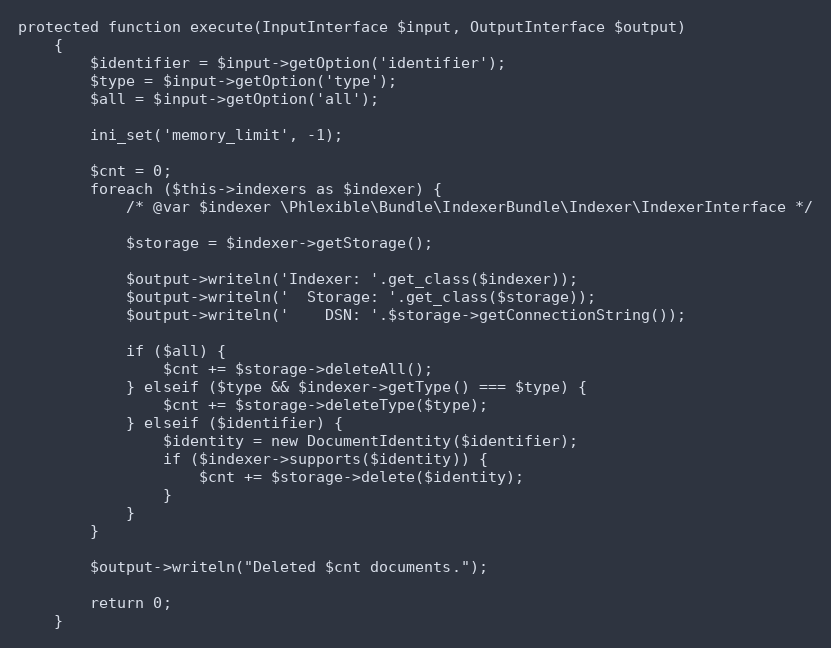
Language: PHP
protected function execute(InputInterface $input, OutputInterface $output)
    {
        $identifier = $input->getOption('identifier');
        $type = $input->getOption('type');
        $all = $input->getOption('all');

        ini_set('memory_limit', -1);

        $cnt = 0;
        foreach ($this->indexers as $indexer) {
            /* @var $indexer \Phlexible\Bundle\IndexerBundle\Indexer\IndexerInterface */

            $storage = $indexer->getStorage();

            $output->writeln('Indexer: '.get_class($indexer));
            $output->writeln('  Storage: '.get_class($storage));
            $output->writeln('    DSN: '.$storage->getConnectionString());

            if ($all) {
                $cnt += $storage->deleteAll();
            } elseif ($type && $indexer->getType() === $type) {
                $cnt += $storage->deleteType($type);
            } elseif ($identifier) {
                $identity = new DocumentIdentity($identifier);
                if ($indexer->supports($identity)) {
                    $cnt += $storage->delete($identity);
                }
            }
        }

        $output->writeln("Deleted $cnt documents.");

        return 0;
    }